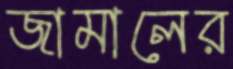
জামালের